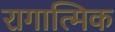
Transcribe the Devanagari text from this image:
रागात्मिक